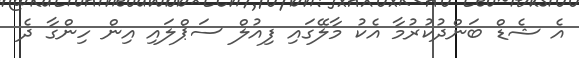
އެ ޝެޑް ބަންދުކުރުމާ އެކު މާލޭގައި ފިއުލް ސަޕްލައި އިން ހިންގާ ދެ